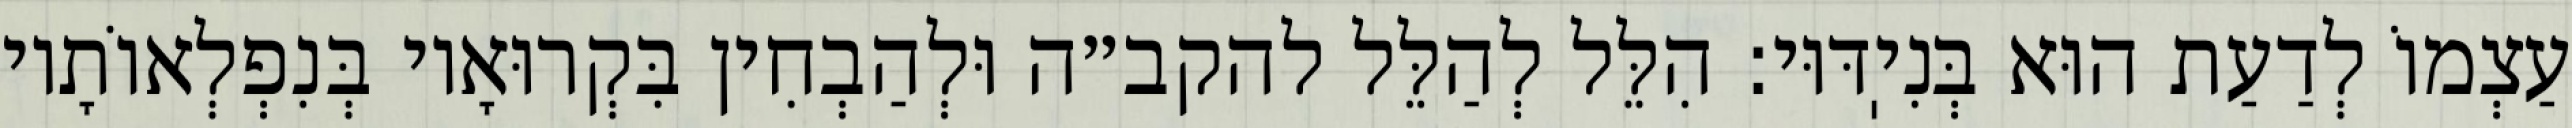
עַצְמוֹ לְדַעַת הוּא בְּנִיֽדּוּי: הִלֵּל לְהַלֵּל להקב״ה וּלְהַבְחִין בִּקְרוּאָיו בְּנִפְלְאוֹתָיו